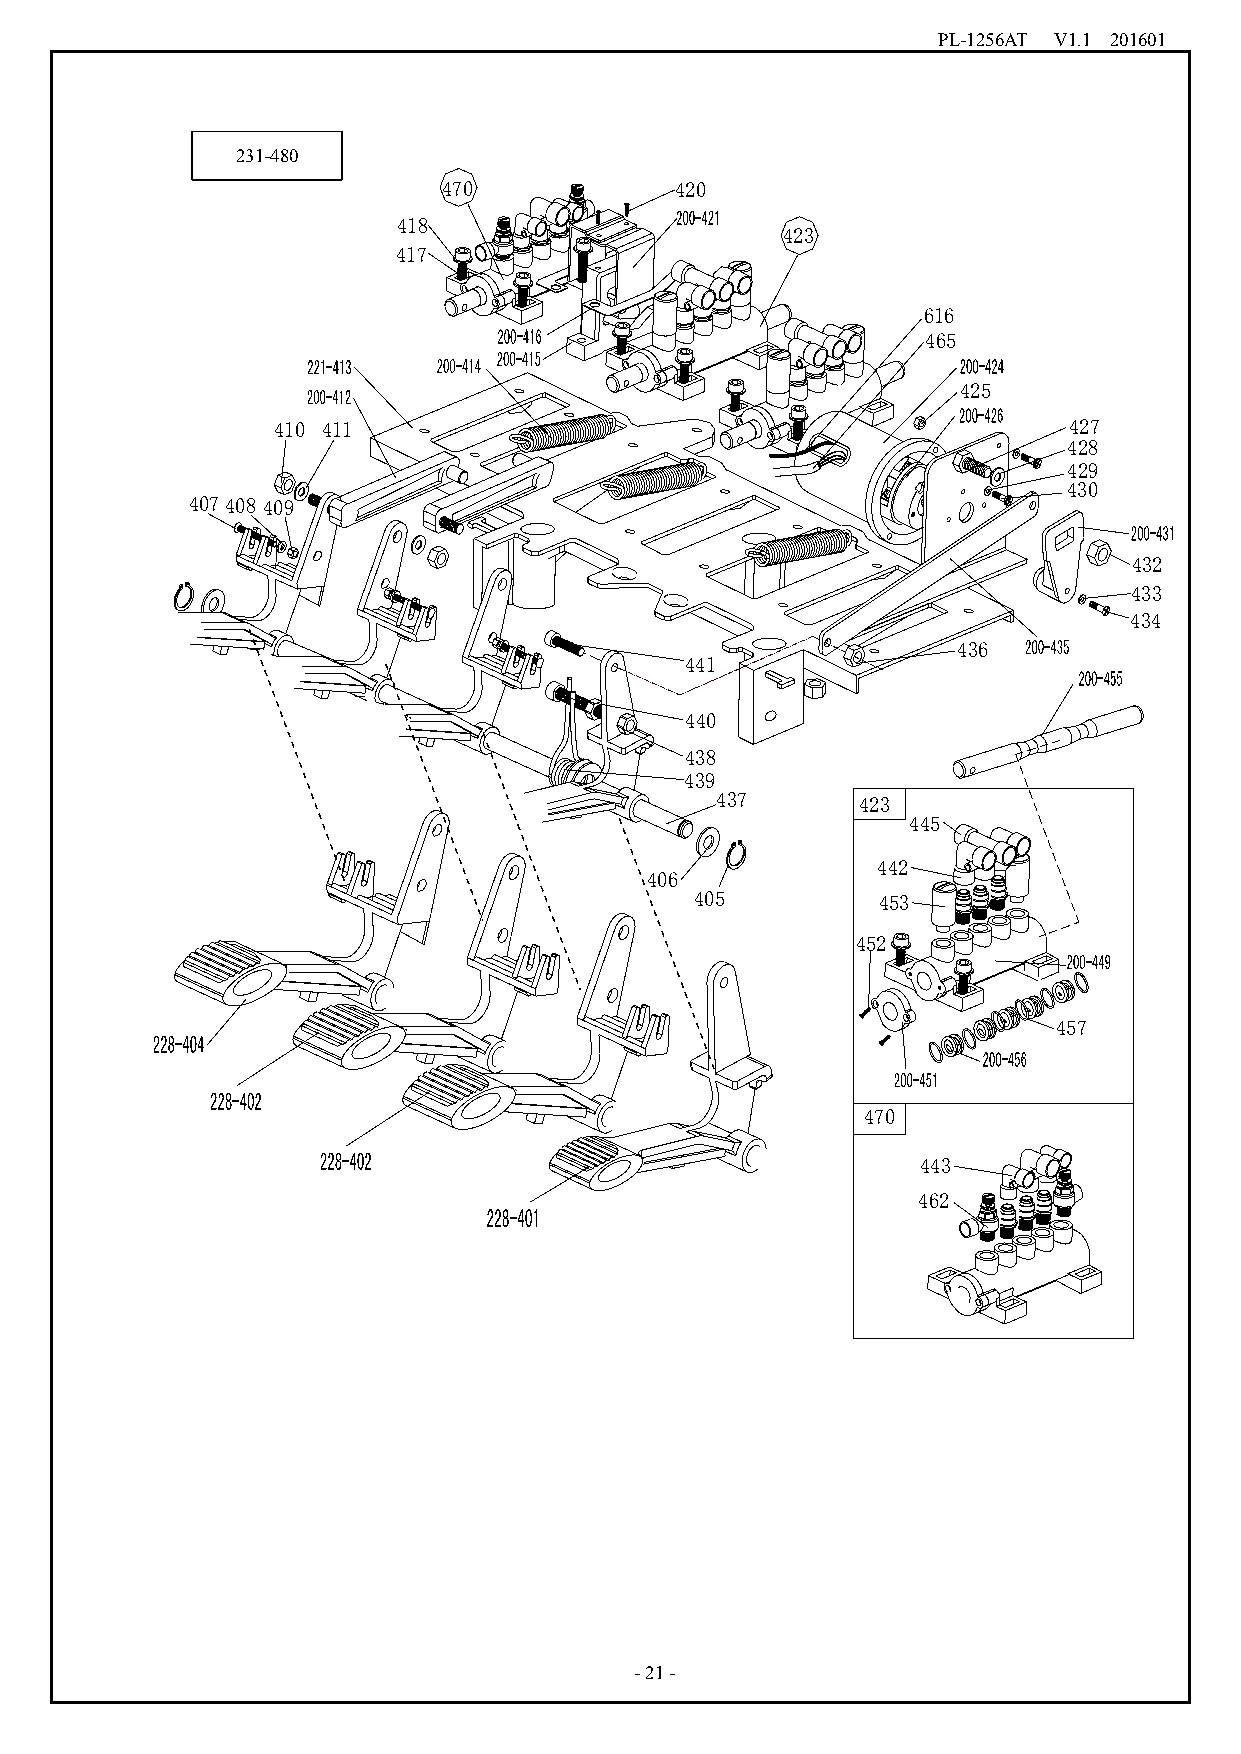
PL-1256AT V1.1 201601
 231-480
 470             420
 418
 423
 417
 616
 465
 425
 410 411                                              427
 428
 429
 430
 407408 409
 432
 433
 434
 436
 441
 440
 438
 439
 437       423
 445
 442
 406
 405         453
 452
 457
 470
 443
 462
 -21-